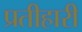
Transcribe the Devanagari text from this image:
प्रतीहारी